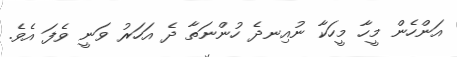
އަންހެން މީހާ މީހަކާ ނުއިނދެ ހުންނަތާ ދެ އަހަރު ވަނީ ވެފަ އެވެ.